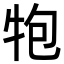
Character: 𭷝